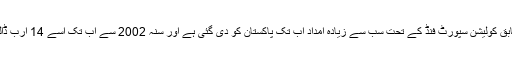
محکمۂ دفاع کے مطابق كولیشن سپورٹ فنڈ کے تحت سب سے زیادہ امداد اب تک پاکستان کو دی گئی ہے اور سنہ 2002 سے اب تک اسے 14 ارب ڈالر دیے جا چکے ہیں۔